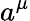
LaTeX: a^{\mu}